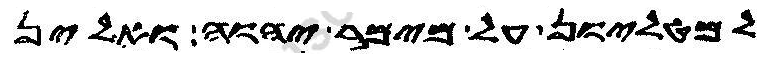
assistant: למטליון על מימר יהוה ואלין